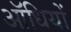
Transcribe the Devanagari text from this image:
ऑधियों